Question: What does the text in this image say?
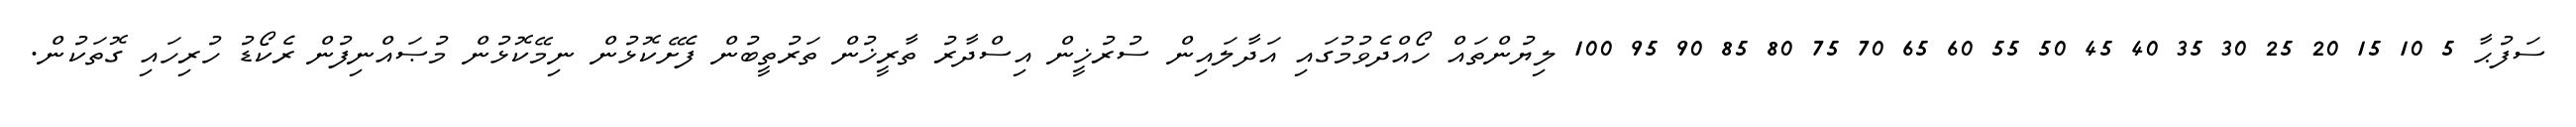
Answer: ސަފުޙާ 5 10 15 20 25 30 35 40 45 50 55 60 65 70 75 80 85 90 95 100 ލިޔުންތައް ހޯއްދެވުމުގައި އަދާލައިން ސުރުޚީން އިސްދާރު ތާރީޚުން ތަރުތީބުން ފެށޭކޮޅުން ނިމޭކޮޅުން މުޞައްނިފުން ރެކޯޑު ހުރިހައި ގޮތަކުން.